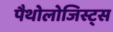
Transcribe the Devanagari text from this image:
पैथोलोजिस्ट्स